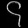
Digit: ၄